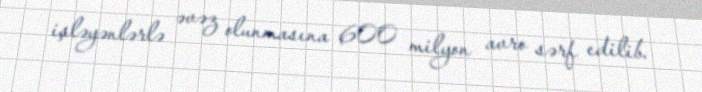
işləyənlərlə əvəz olunmasına 600 milyon avro sərf edilib.